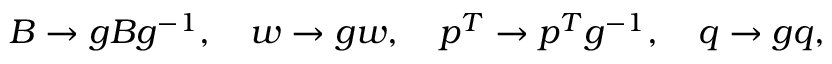
B \rightarrow g B g ^ { - 1 } , \quad w \rightarrow g w , \quad p ^ { T } \rightarrow p ^ { T } g ^ { - 1 } , \quad q \rightarrow g q ,